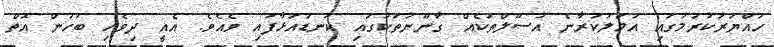
ހައްޔަރުކުރުމުގައި އަމަލުކުރާނެ އުސޫލްތަކެއް ގާނޫނުތަކުގައި ކަނޑައަޅާފައި ވެއެވެ. އެއީ ދިވެހި ބަހުން އޮތް